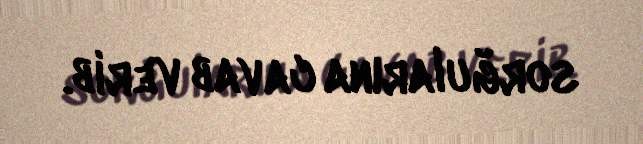
sorğularına cavab verib.